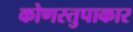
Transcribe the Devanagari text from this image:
कोणस्तुपाकार